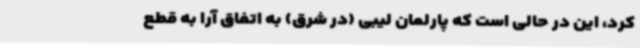
کرد، این در حالی است که پارلمان لیبی (در شرق) به اتفاق آرا به قطع